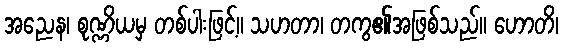
အညေန၊ စုဏ္ဏိယမှ တစ်ပါးဖြင့်။ သဟတာ၊ တကွ၏အဖြစ်သည်။ ဟောတိ၊